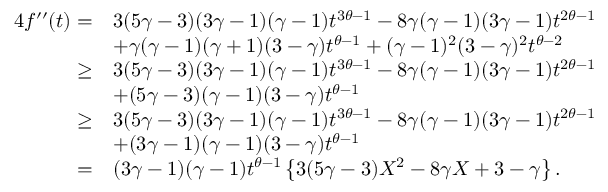
\begin{array} { r l } { 4 f ^ { \prime \prime } ( t ) = } & { 3 ( 5 \gamma - 3 ) ( 3 \gamma - 1 ) ( \gamma - 1 ) t ^ { 3 \theta - 1 } - 8 \gamma ( \gamma - 1 ) ( 3 \gamma - 1 ) t ^ { 2 \theta - 1 } } \\ & { + \gamma ( \gamma - 1 ) ( \gamma + 1 ) ( 3 - \gamma ) t ^ { \theta - 1 } + ( \gamma - 1 ) ^ { 2 } ( 3 - \gamma ) ^ { 2 } t ^ { \theta - 2 } } \\ { \geq } & { 3 ( 5 \gamma - 3 ) ( 3 \gamma - 1 ) ( \gamma - 1 ) t ^ { 3 \theta - 1 } - 8 \gamma ( \gamma - 1 ) ( 3 \gamma - 1 ) t ^ { 2 \theta - 1 } } \\ & { + ( 5 \gamma - 3 ) ( \gamma - 1 ) ( 3 - \gamma ) t ^ { \theta - 1 } } \\ { \geq } & { 3 ( 5 \gamma - 3 ) ( 3 \gamma - 1 ) ( \gamma - 1 ) t ^ { 3 \theta - 1 } - 8 \gamma ( \gamma - 1 ) ( 3 \gamma - 1 ) t ^ { 2 \theta - 1 } } \\ & { + ( 3 \gamma - 1 ) ( \gamma - 1 ) ( 3 - \gamma ) t ^ { \theta - 1 } } \\ { = } & { ( 3 \gamma - 1 ) ( \gamma - 1 ) t ^ { \theta - 1 } \left\{ 3 ( 5 \gamma - 3 ) X ^ { 2 } - 8 \gamma X + 3 - \gamma \right\} . } \end{array}